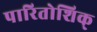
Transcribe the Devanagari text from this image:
पारितोशिक्